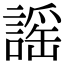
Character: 謡